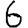
Digit: 6